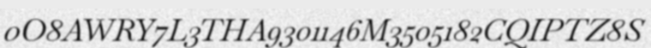
0O8AWRY7L3THA9301146M3505182CQIPTZ8S